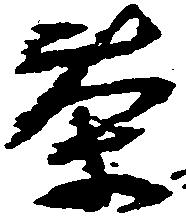
茶